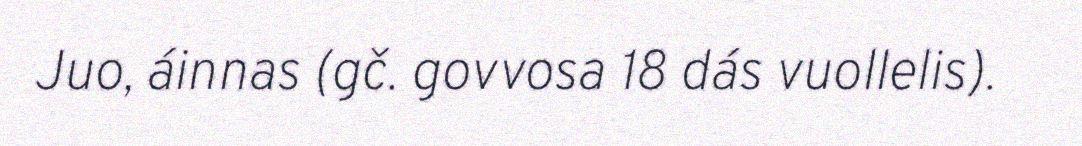
Juo, áinnas (gč. govvosa 18 dás vuollelis).